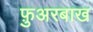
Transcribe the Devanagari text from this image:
फ़ुअरबाख